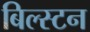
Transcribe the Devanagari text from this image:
बिल्स्टन